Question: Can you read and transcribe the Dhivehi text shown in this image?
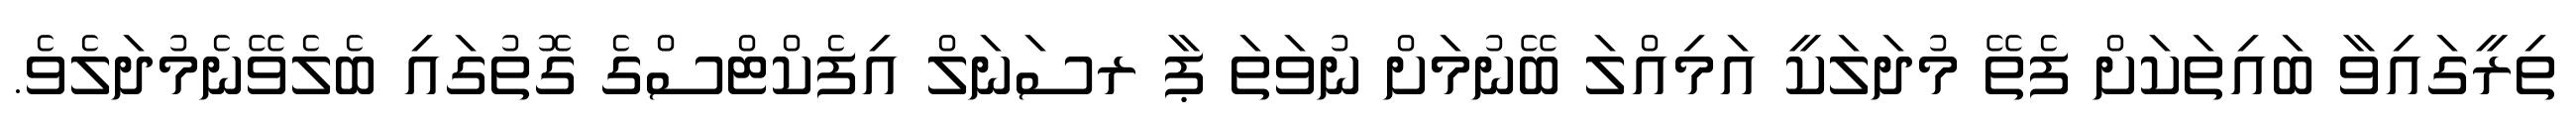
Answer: ތިރީގައިވާ ބައިތަކަށް ފެތޭ މުދަލަކީ އަމިއްލަ ބޭނުމަށް ނުވަތަ ޕާ ރސަނަލް އިފެކްޓްސްގެ ގޮތުގައި ބެލެވޭނެމުދަލެވެ.